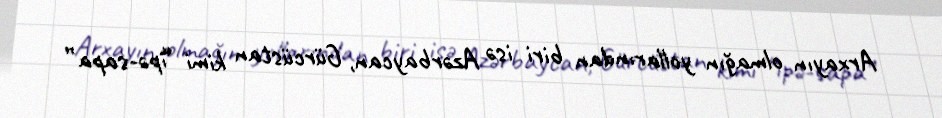
Arxayın olmağın yollarından biri isə Azərbaycan, Gürcüstan kimi “ipə-sapa”